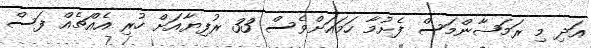
އަދި މި ރަމަޟާންމަސް ފެށުމާ ހަމައަށްވެސް 33 ރުފިޔާއަށް ހުރި އެއްޗެއް ފަސް